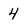
Character: 4